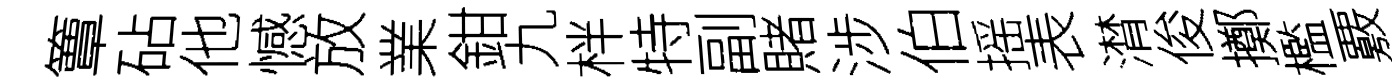
簟砧他憾放業鉗九柈特副賭涉伯摇表潸俊擲檻覈